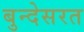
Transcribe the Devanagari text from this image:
बुन्देसरत